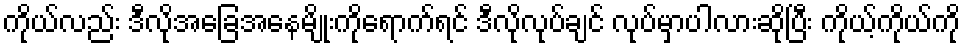
ကိုယ်လည်း ဒီလိုအခြေအနေမျိုးကိုရောက်ရင် ဒီလိုလုပ်ချင် လုပ်မှာပါလားဆိုပြီး ကိုယ့်ကိုယ်ကို